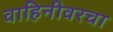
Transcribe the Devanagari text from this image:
वाहिनीवरचा